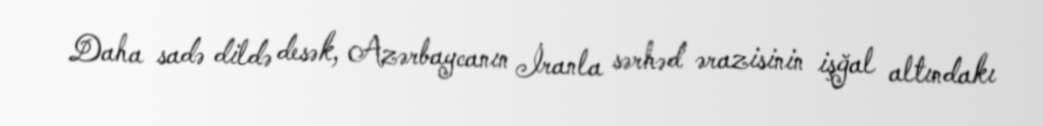
Daha sadə dildə desək, Azərbaycanın İranla sərhəd ərazisinin işğal altındakı